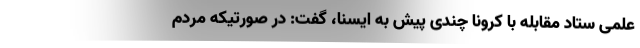
علمی ستاد مقابله با کرونا چندی پیش به ایسنا، گفت: در صورتیکه مردم